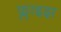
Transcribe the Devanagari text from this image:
फ्लाइझ